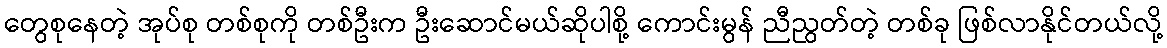
တွေစုနေတဲ့ အုပ်စု တစ်စုကို တစ်ဦးက ဦးဆောင်မယ်ဆိုပါစို့ ကောင်းမွန် ညီညွတ်တဲ့ တစ်ခု ဖြစ်လာနိုင်တယ်လို့